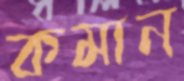
কমান